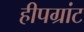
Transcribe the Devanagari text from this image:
हीपग्रांट